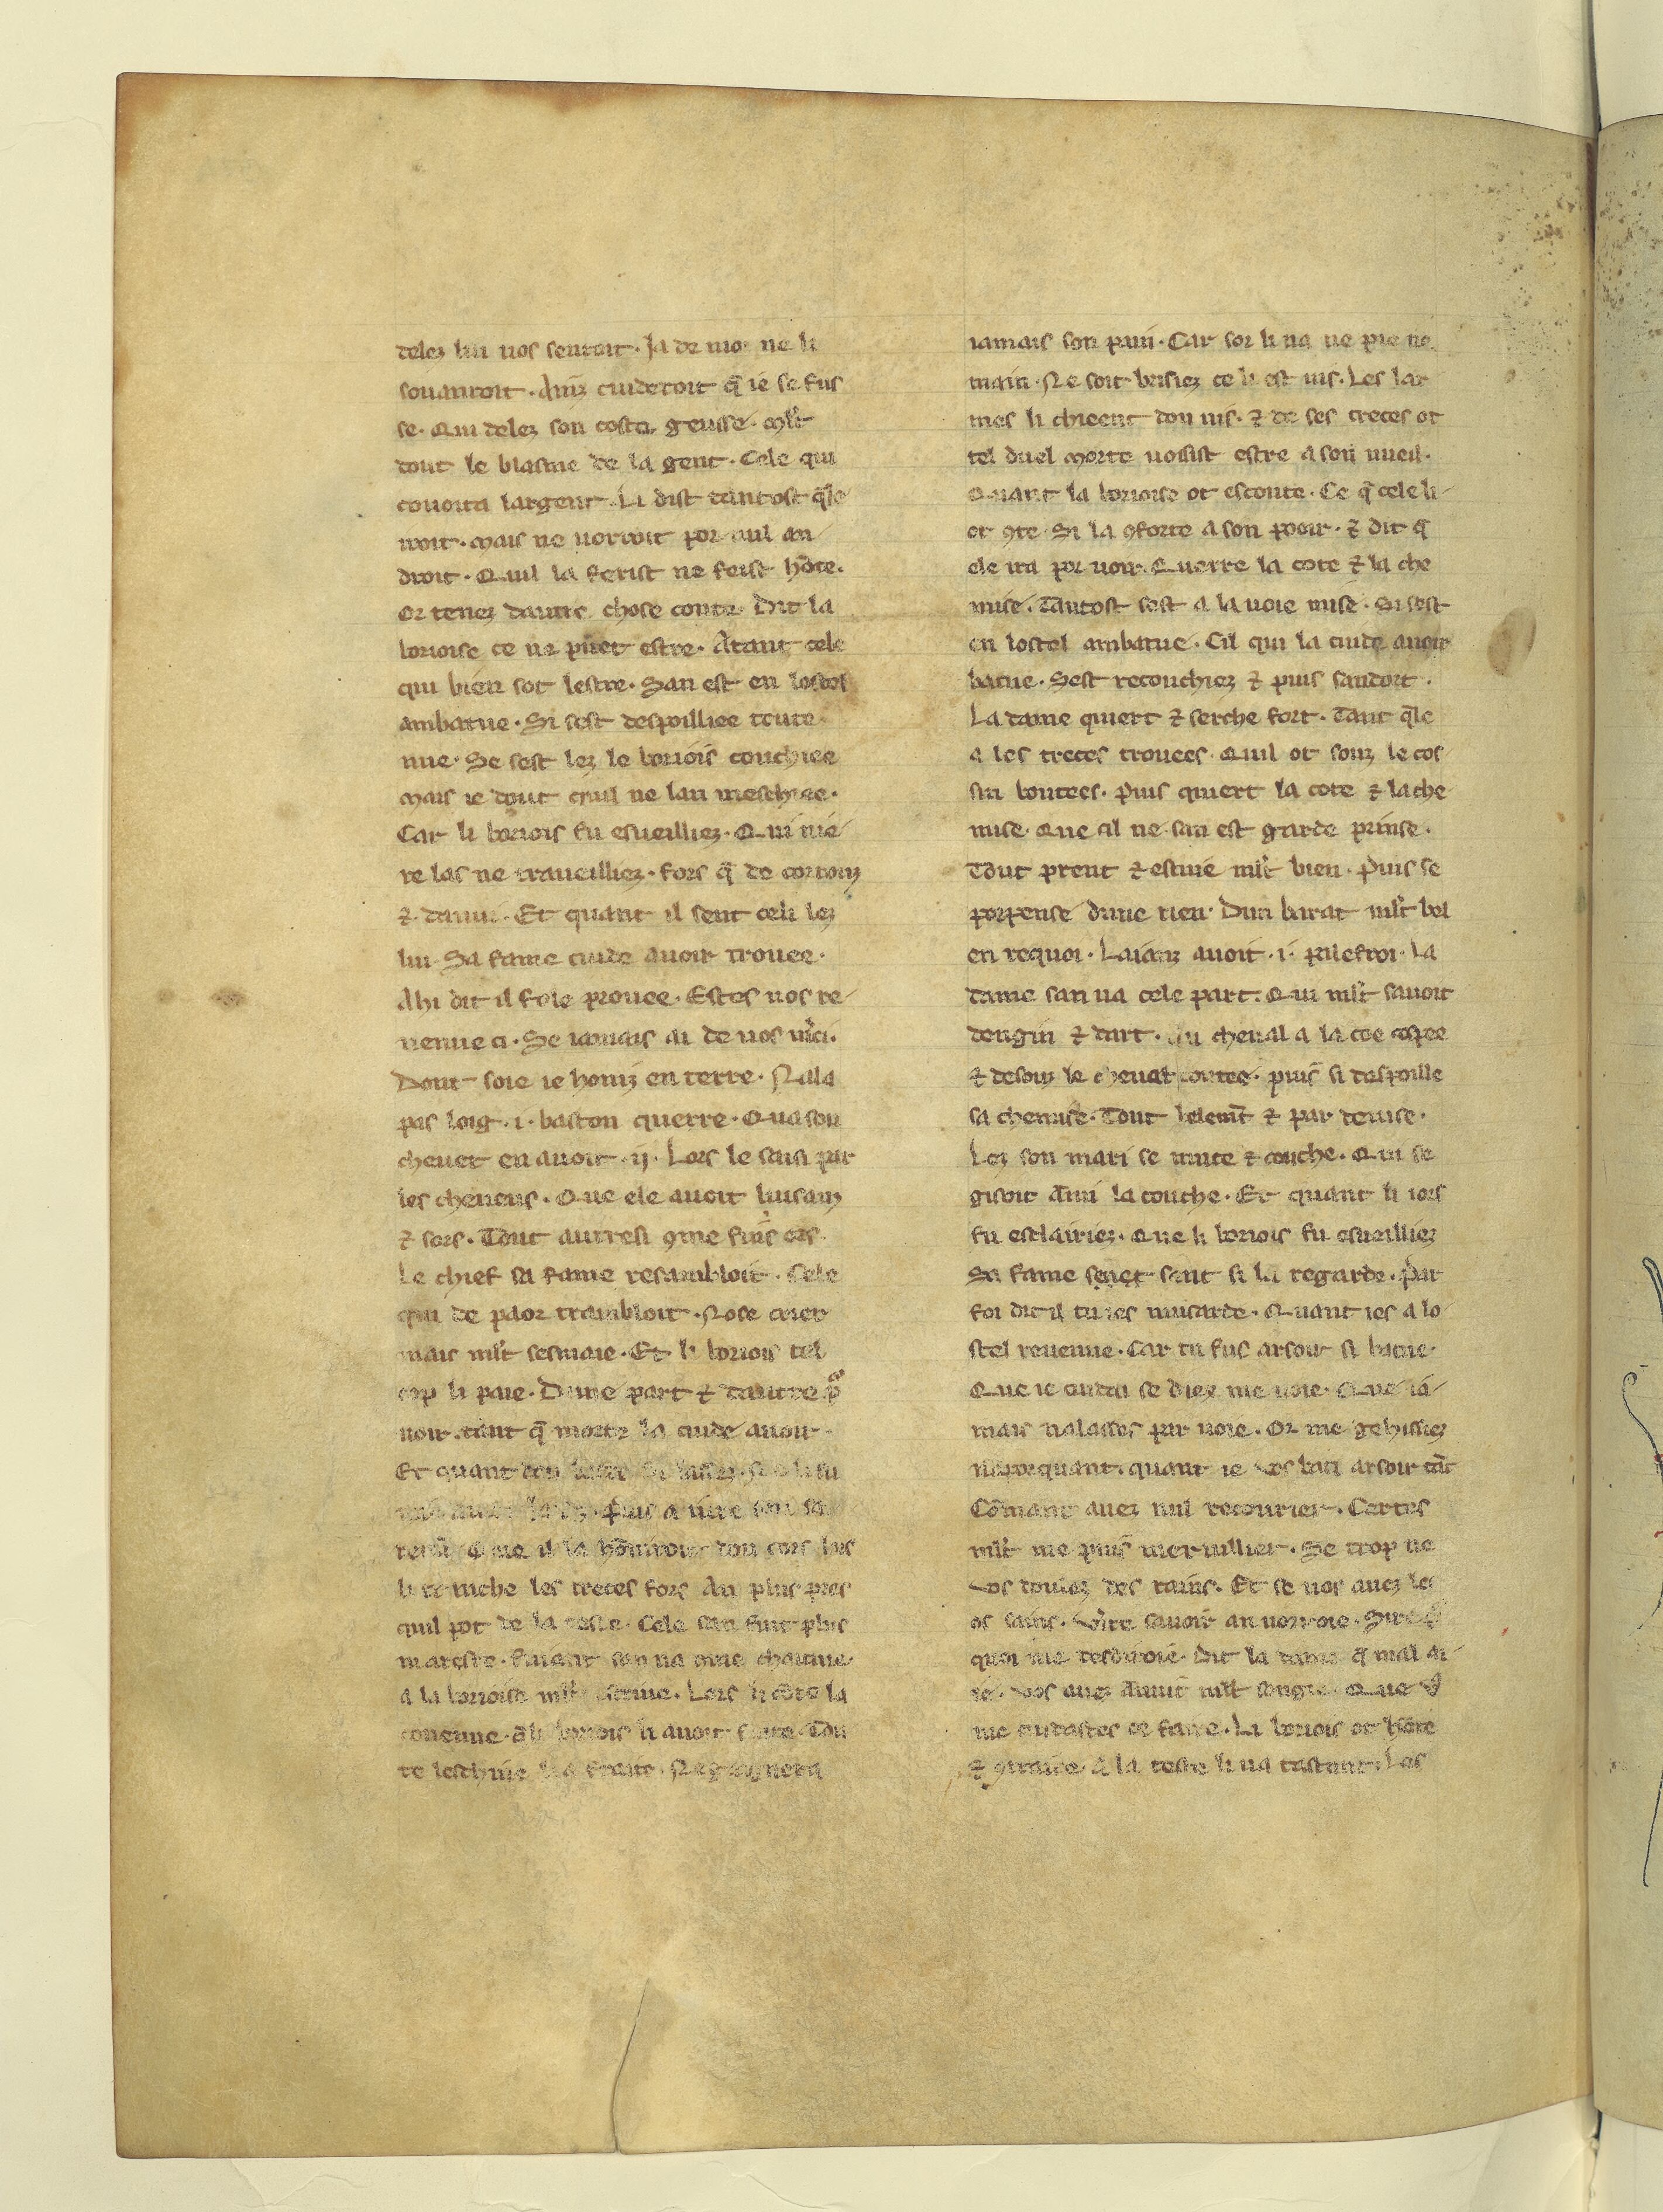
Shelfmark: Paris, BnF, fr. 12581
Century: 13